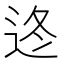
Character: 𨒟